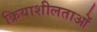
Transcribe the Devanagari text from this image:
क्रियाशीलताओं